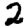
Digit: 2